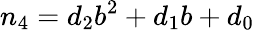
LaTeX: n_{4}=d_{2}b^{2}+d_{1}b+d_{0}